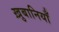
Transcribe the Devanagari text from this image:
ख़ुबानियाँ